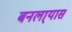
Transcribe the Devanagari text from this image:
बनला्यास